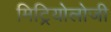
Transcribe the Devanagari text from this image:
मिट्रियोलोजी